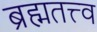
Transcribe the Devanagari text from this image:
ब्रह्मतत्त्व